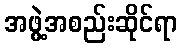
အဖွဲ့အစည်းဆိုင်ရာ